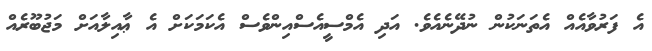
އެ ފަރުވާއެއް އެތަނަކުން ނުދޭނެއެވެ. އަދި އެމްސީއެސްއިންވެސް އެކަމަކަށް އެ ޢާއިލާއަށް މަޖުބޫރެއް